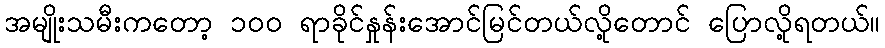
အမျိုးသမီးကတော့ ၁၀၀ ရာခိုင်နှုန်းအောင်မြင်တယ်လို့တောင် ပြောလို့ရတယ်။